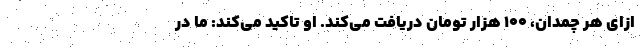
ازای هر چمدان، ۱۰۰ هزار تومان دریافت می‌کند. او تاکید می‌کند: ما در